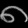
Digit: ၈